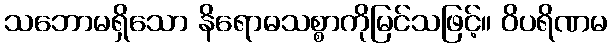
သဘောမရှိသော နိရောဓသစ္စာကိုမြင်သဖြင့်။ ဝိပရိဏမ